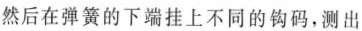
然后在弹簧的下端挂上不同的钩码，测出